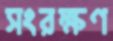
সংরক্ষণ